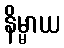
နိမ္မာယ